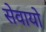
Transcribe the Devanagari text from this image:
सेवायो